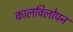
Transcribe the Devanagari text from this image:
कालविलोपन